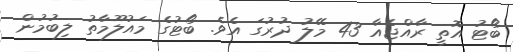
ބޯޓު އޮތީ ރާއްޖެއާ 43 މޭލު ދުރުގަ އެވެ. ބޯޓުގެ މައުލޫމާތު ލިބުމުން